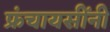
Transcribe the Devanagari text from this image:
फ्रंचायसींनी